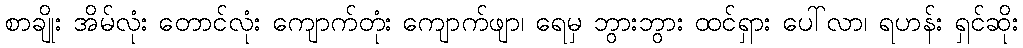
စာချိုး အိမ်လုံး တောင်လုံး ကျောက်တုံး ကျောက်ဖျာ၊ ရေမှ ဘွားဘွား ထင်ရှား ပေါ်လာ၊ ရဟန်း ရှင်ဆိုး